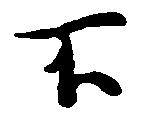
不